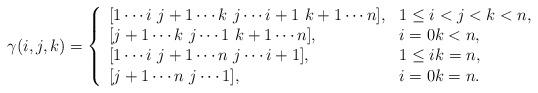
LaTeX: \begin{align*}\gamma(i,j,k)=\left\{\begin{array}{ll}[1\cdots i\,\, j+1\cdots k\,\, j\cdots i+1\,\, k+1 \cdots n], & 1\leq i<j<k< n,\\{[j+1\cdots k\,\, j\cdots 1\,\, k+1 \cdots n]}, & i=0k< n,\\{[1\cdots i\,\,j+1\cdots n\,\, j\cdots i+1]}, & 1\leq ik=n,\\{[j+1\cdots n\,\, j\cdots 1]}, & i=0k=n.\end{array}\right.\end{align*}